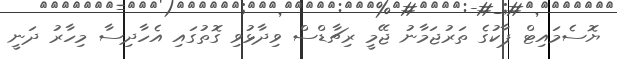
ޔޮސެމައިޓް ޕާކުގެ ތަރުޖަމާނު ޖޭމީ ރިޗާޑްސް ވިދާޅުވި ގޮތުގައި އެހާދިސާ މިހާރު ދަނީ